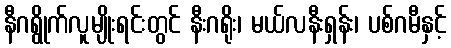
နီဂရွိုက်လူမျိုးရင်းတွင် နီးဂရိုး၊ မယ်လနီးရှန်း၊ ပစ်ဂမီနှင့်